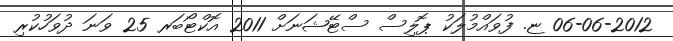
06-06-2012 ޏ. ފުވައްމުލަކު ޕޮލިސް ސްޓޭޝަނަށް 2011 އޮކްޓޯބަރ 25 ވަނަ ދުވަހުކުރި